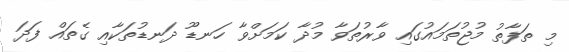
މި ތަފާތު މުޖުތަމައުގައި ވާރުތަވާ މުދާ ކަމަށްވާ ހަނޑޫ ދަނޑުތަކާއި ގެތައް ފަދަ